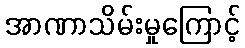
အာဏာသိမ်းမှုကြောင့်